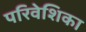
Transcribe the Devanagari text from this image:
परिवेशिका